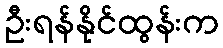
ဦးရန်နိုင်ထွန်းက